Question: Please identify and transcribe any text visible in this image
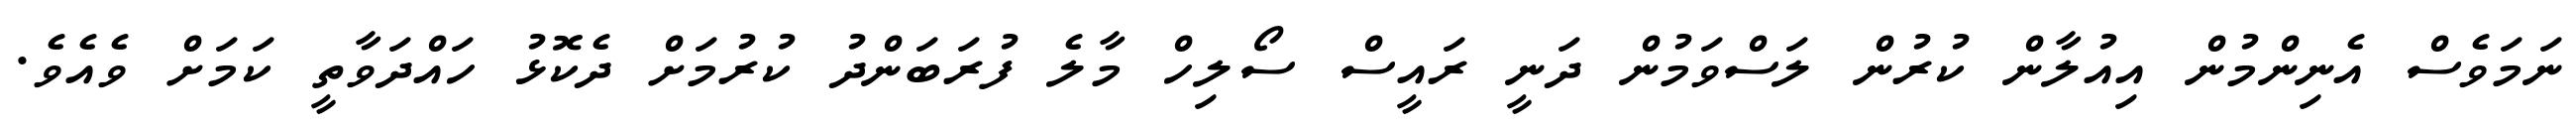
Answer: ނަމަވެސް އެނިންމުން އިއުލާން ކުރުން ލަސްވަމުން ދަނީ ރައީސް ސޯލިހް މާލެ ފުރަބަންދު ކުރުމަށް ދެކޮޅު ހައްދަވާތީ ކަމަށް ވެއެވެ.